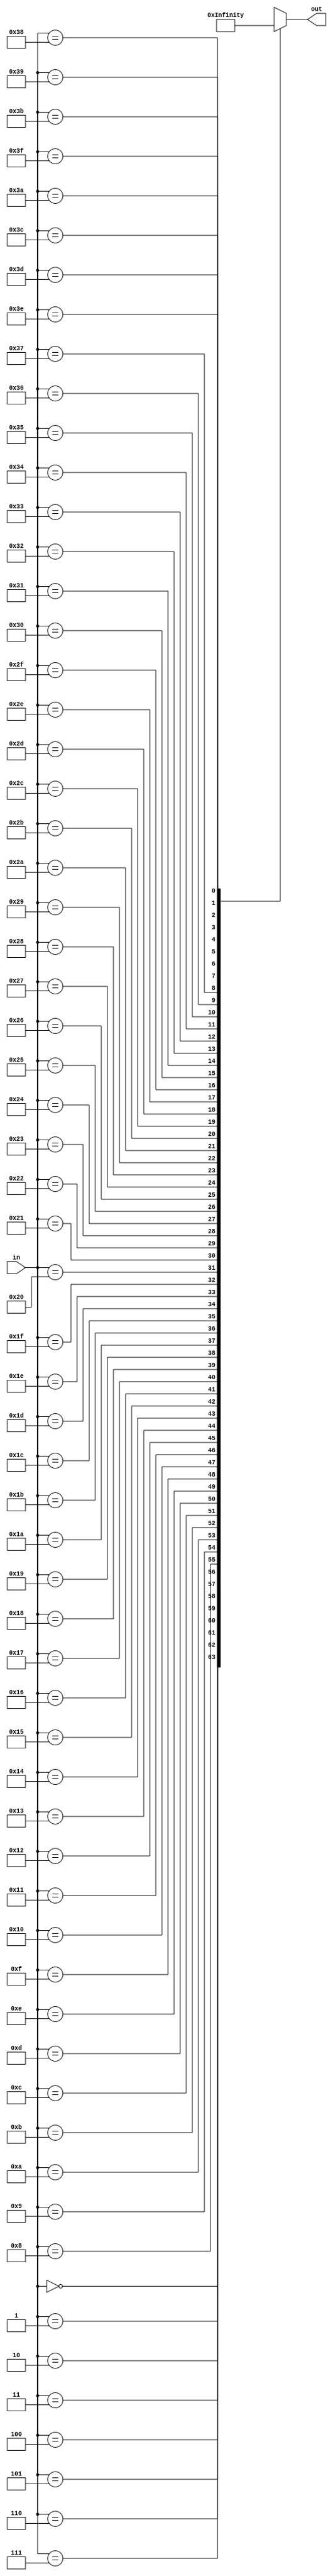
module K (
	input wire [5:0] in,
	output wire	[31:0] out
);
	reg [31:0] k [63:0];

	always@ (in) begin
		k[0] = 32'h428a2f98; 
		k[1] = 32'h71374491;
		k[2] = 32'hb5c0fbcf;
		k[3] = 32'he9b5dba5;
		k[4] = 32'h3956c25b;
		k[5] = 32'h59f111f1;
		k[6] = 32'h923f82a4;
		k[7] = 32'hab1c5ed5;
		k[8] = 32'hd807aa98;
		k[9] = 32'h12835b01;
		k[10] = 32'h243185be;
		k[11] = 32'h550c7dc3;
		k[12] = 32'h72be5d74;
		k[13] = 32'h80deb1fe;
		k[14] = 32'h9bdc06a7;
		k[15] = 32'hc19bf174;
		k[16] = 32'he49b69c1;
		k[17] = 32'hefbe4786;
		k[18] = 32'h0fc19dc6;
		k[19] = 32'h240ca1cc;
		k[20] = 32'h2de92c6f;
		k[21] = 32'h4a7484aa;
		k[22] = 32'h5cb0a9dc;
		k[23] = 32'h76f988da;
		k[24] = 32'h983e5152;
		k[25] = 32'ha831c66d;
		k[26] = 32'hb00327c8;
		k[27] = 32'hbf597fc7;
		k[28] = 32'hc6e00bf3;
		k[29] = 32'hd5a79147;
		k[30] = 32'h06ca6351;
		k[31] = 32'h14292967;
		k[32] = 32'h27b70a85;
		k[33] = 32'h2e1b2138;
		k[34] = 32'h4d2c6dfc;
		k[35] = 32'h53380d13;
		k[36] = 32'h650a7354;
		k[37] = 32'h766a0abb;
		k[38] = 32'h81c2c92e;
		k[39] = 32'h92722c85;
		k[40] = 32'ha2bfe8a1;
		k[41] = 32'ha81a664b;
		k[42] = 32'hc24b8b70;
		k[43] = 32'hc76c51a3;
		k[44] = 32'hd192e819;
		k[45] = 32'hd6990624;
		k[46] = 32'hf40e3585;
		k[47] = 32'h106aa070;
		k[48] = 32'h19a4c116;
		k[49] = 32'h1e376c08;
		k[50] = 32'h2748774c;
		k[51] = 32'h34b0bcb5;
		k[52] = 32'h391c0cb3;
		k[53] = 32'h4ed8aa4a;
		k[54] = 32'h5b9cca4f;
		k[55] = 32'h682e6ff3;
		k[56] = 32'h748f82ee;
		k[57] = 32'h78a5636f;
		k[58] = 32'h84c87814;
		k[59] = 32'h8cc70208;
		k[60] = 32'h90befffa;
		k[61] = 32'ha4506ceb;
		k[62] = 32'hbef9a3f7;
		k[63] = 32'hc67178f2;
	end

	assign out = k[in];
endmodule